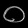
Digit: ၀